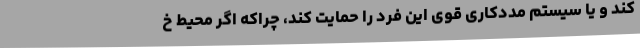
کند و یا سیستم مددکاری قوی این فرد را حمایت کند، چراکه اگر محیط خ